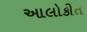
આલોકીત